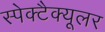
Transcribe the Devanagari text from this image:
स्पेक्टैक्यूलर